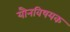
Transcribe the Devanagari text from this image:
यौनविषयक